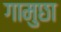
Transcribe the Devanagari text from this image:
गामुछा